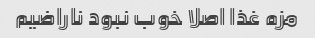
مزه غذا اصلا خوب نبود ناراضیم